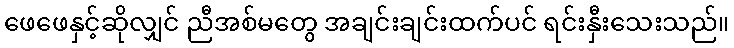
ဖေဖေနှင့်ဆိုလျှင် ညီအစ်မတွေ အချင်းချင်းထက်ပင် ရင်းနှီးသေးသည်။